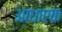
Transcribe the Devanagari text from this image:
आधाएक